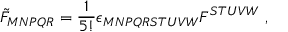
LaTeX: \tilde { F } _ { M N P Q R } = \frac { 1 } { 5 ! } \epsilon _ { M N P Q R S T U V W } F ^ { S T U V W } \ ,